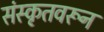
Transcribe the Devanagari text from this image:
संस्कृतवरून